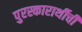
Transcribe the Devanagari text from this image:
पुरस्कारार्थीची